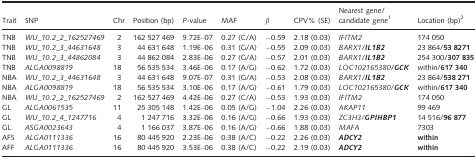
<table><thead><tr><td><b>Trait</b></td><td><b>SNP</b></td><td><b>Chr</b></td><td><b>Position (bp)</b></td><td><b><i>P</i>‐value</b></td><td><b>MAF</b></td><td><b><i>β</i></b></td><td><b>CPV% (SE)</b></td><td><b>Nearest gene/candidate genea</b></td><td><b>Location (bp)b</b></td></tr></thead><tbody><tr><td>TNB</td><td><i>WU_10.2_2_162527469</i></td><td>2</td><td>162 527 469</td><td>9.72E–07</td><td>0.27 (C/A)</td><td>−0.59</td><td>2.18 (0.03)</td><td><i>IFITM2</i></td><td>174 050</td></tr><tr><td>TNB</td><td><i>WU_10.2_3_44631648</i></td><td>3</td><td>44 631 648</td><td>1.19E–06</td><td>0.31 (G/A)</td><td>−0.55</td><td>2.09 (0.03)</td><td><i>BARX1</i>/<i><b>IL1B2</b></i></td><td>23 864/<b>53 8271</b></td></tr><tr><td>TNB</td><td><i>WU_10.2_3_44862084</i></td><td>3</td><td>44 862 084</td><td>2.83E–06</td><td>0.27 (G/A)</td><td>−0.57</td><td>2.01 (0.03)</td><td><i>BARX1</i>/<i><b>IL1B2</b></i></td><td>254 300/<b>307 835</b></td></tr><tr><td>TNB</td><td><i>ALGA0098819</i></td><td>18</td><td>56 535 534</td><td>3.46E–06</td><td>0.17 (A/G)</td><td>−0.62</td><td>1.72 (0.03)</td><td><i>LOC102165380</i>/<i><b>GCK</b></i></td><td>within/<b>617 340</b></td></tr><tr><td>NBA</td><td><i>WU_10.2_3_44631648</i></td><td>3</td><td>44 631 648</td><td>9.07E–07</td><td>0.31 (G/A)</td><td>−0.53</td><td>2.08 (0.03)</td><td><i>BARX1/<b>IL1B2</b></i></td><td>23 864/<b>538 271</b></td></tr><tr><td>NBA</td><td><i>ALGA0098819</i></td><td>18</td><td>56 535 534</td><td>3.10E–06</td><td>0.17 (A/G)</td><td>−0.61</td><td>1.79 (0.03)</td><td><i>LOC102165380/<b>GCK</b></i></td><td>within/<b>617 340</b></td></tr><tr><td>NBA</td><td><i>WU_10.2_2_162527469</i></td><td>2</td><td>162 527 469</td><td>4.42E–06</td><td>0.27 (C/A)</td><td>−0.53</td><td>1.93 (0.03)</td><td><i>IFITM2</i></td><td>174 050</td></tr><tr><td>GL</td><td><i>ALGA0061535</i></td><td>11</td><td>25 305 148</td><td>1.42E–06</td><td>0.05 (A/G)</td><td>−1.04</td><td>2.26 (0.03)</td><td><i>AKAP11</i></td><td>99 469</td></tr><tr><td>GL</td><td><i>WU_10.2_4_1247716</i></td><td>4</td><td>1 247 716</td><td>3.32E–06</td><td>0.16 (A/G)</td><td>−0.66</td><td>1.93 (0.03)</td><td><i>ZC3H3/<b>GPIHBP1</b></i></td><td>14 516/<b>96 877</b></td></tr><tr><td>GL</td><td><i>ASGA0023643</i></td><td>4</td><td>1 166 037</td><td>3.87E–06</td><td>0.16 (A/G)</td><td>−0.66</td><td>1.88 (0.03)</td><td><i>MAFA</i></td><td>7303</td></tr><tr><td>AFS</td><td><i>ALGA0111336</i></td><td>16</td><td>80 445 920</td><td>2.23E–06</td><td>0.38 (A/C)</td><td>−0.22</td><td>2.26 (0.03)</td><td><i><b>ADCY2</b></i></td><td><b>within</b></td></tr><tr><td>AFF</td><td><i>ALGA0111336</i></td><td>16</td><td>80 445 920</td><td>3.53E–06</td><td>0.38 (A/C)</td><td>−0.22</td><td>2.19 (0.03)</td><td><i><b>ADCY2</b></i></td><td><b>within</b></td></tr></tbody></table>